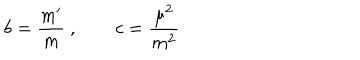
b = \frac { m ^ { \prime } } { m } \ , \quad \quad c = \frac { \mu ^ { 2 } } { m ^ { 2 } }